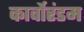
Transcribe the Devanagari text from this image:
कार्वोरंडम